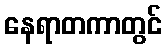
နေရာတကာတွင်